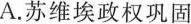
A.苏维埃政权巩固